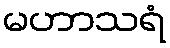
မဟာသရံ